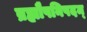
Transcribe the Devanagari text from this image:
ब्रह्मौपनिषदम्